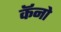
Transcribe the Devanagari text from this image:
कॅनो